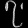
Digit: ၇